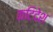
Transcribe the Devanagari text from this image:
कटिदेश